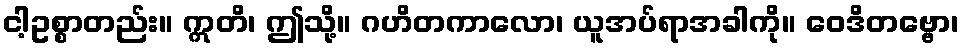
ငါ့ဥစ္စာတည်း။ ဣတိ၊ ဤသို့။ ဂဟိတကာလော၊ ယူအပ်ရာအခါကို။ ဝေဒိတဗ္ဗော၊